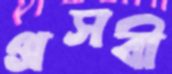
প্রসবী